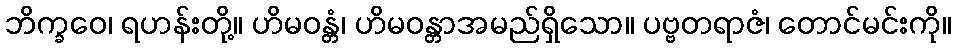
ဘိက္ခဝေ၊ ရဟန်းတို့။ ဟိမဝန္တံ၊ ဟိမဝန္တာအမည်ရှိသော။ ပဗ္ဗတရာဇံ၊ တောင်မင်းကို။